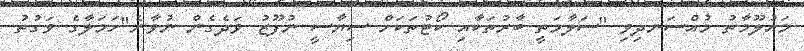
މައުލޫމާތު މުއްސަނދިވި "ސަލާމަތީ ބާރުތަކާއި ކޯޓުތަކަށް ސިޔާސީ ނުފޫޒު ވަދެގެން ނުވާނެ"ހަމަލާގެ ވަގުތު